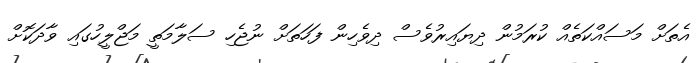
އެތަށް މަސައްކަތެއް ކުރަމުން ދިޔައިރުވެސް ދިވެހިން ފަހަތަށް ނުޖެހި ސަލާމަތީ މަޖްލީހުގައި ވާދަކޮށް